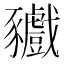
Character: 𧲘